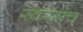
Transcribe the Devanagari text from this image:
स्वरमंच